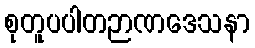
စုတူပပါတဉာဏဒေသနာ